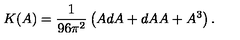
K ( A ) = \frac { 1 } { 9 6 \pi ^ { 2 } } \left( A d A + d A A + A ^ { 3 } \right) .